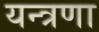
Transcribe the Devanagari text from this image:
यन्त्रणा